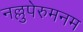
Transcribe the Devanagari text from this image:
नल्लुपेरुमनम